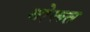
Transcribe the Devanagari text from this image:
बोरूत